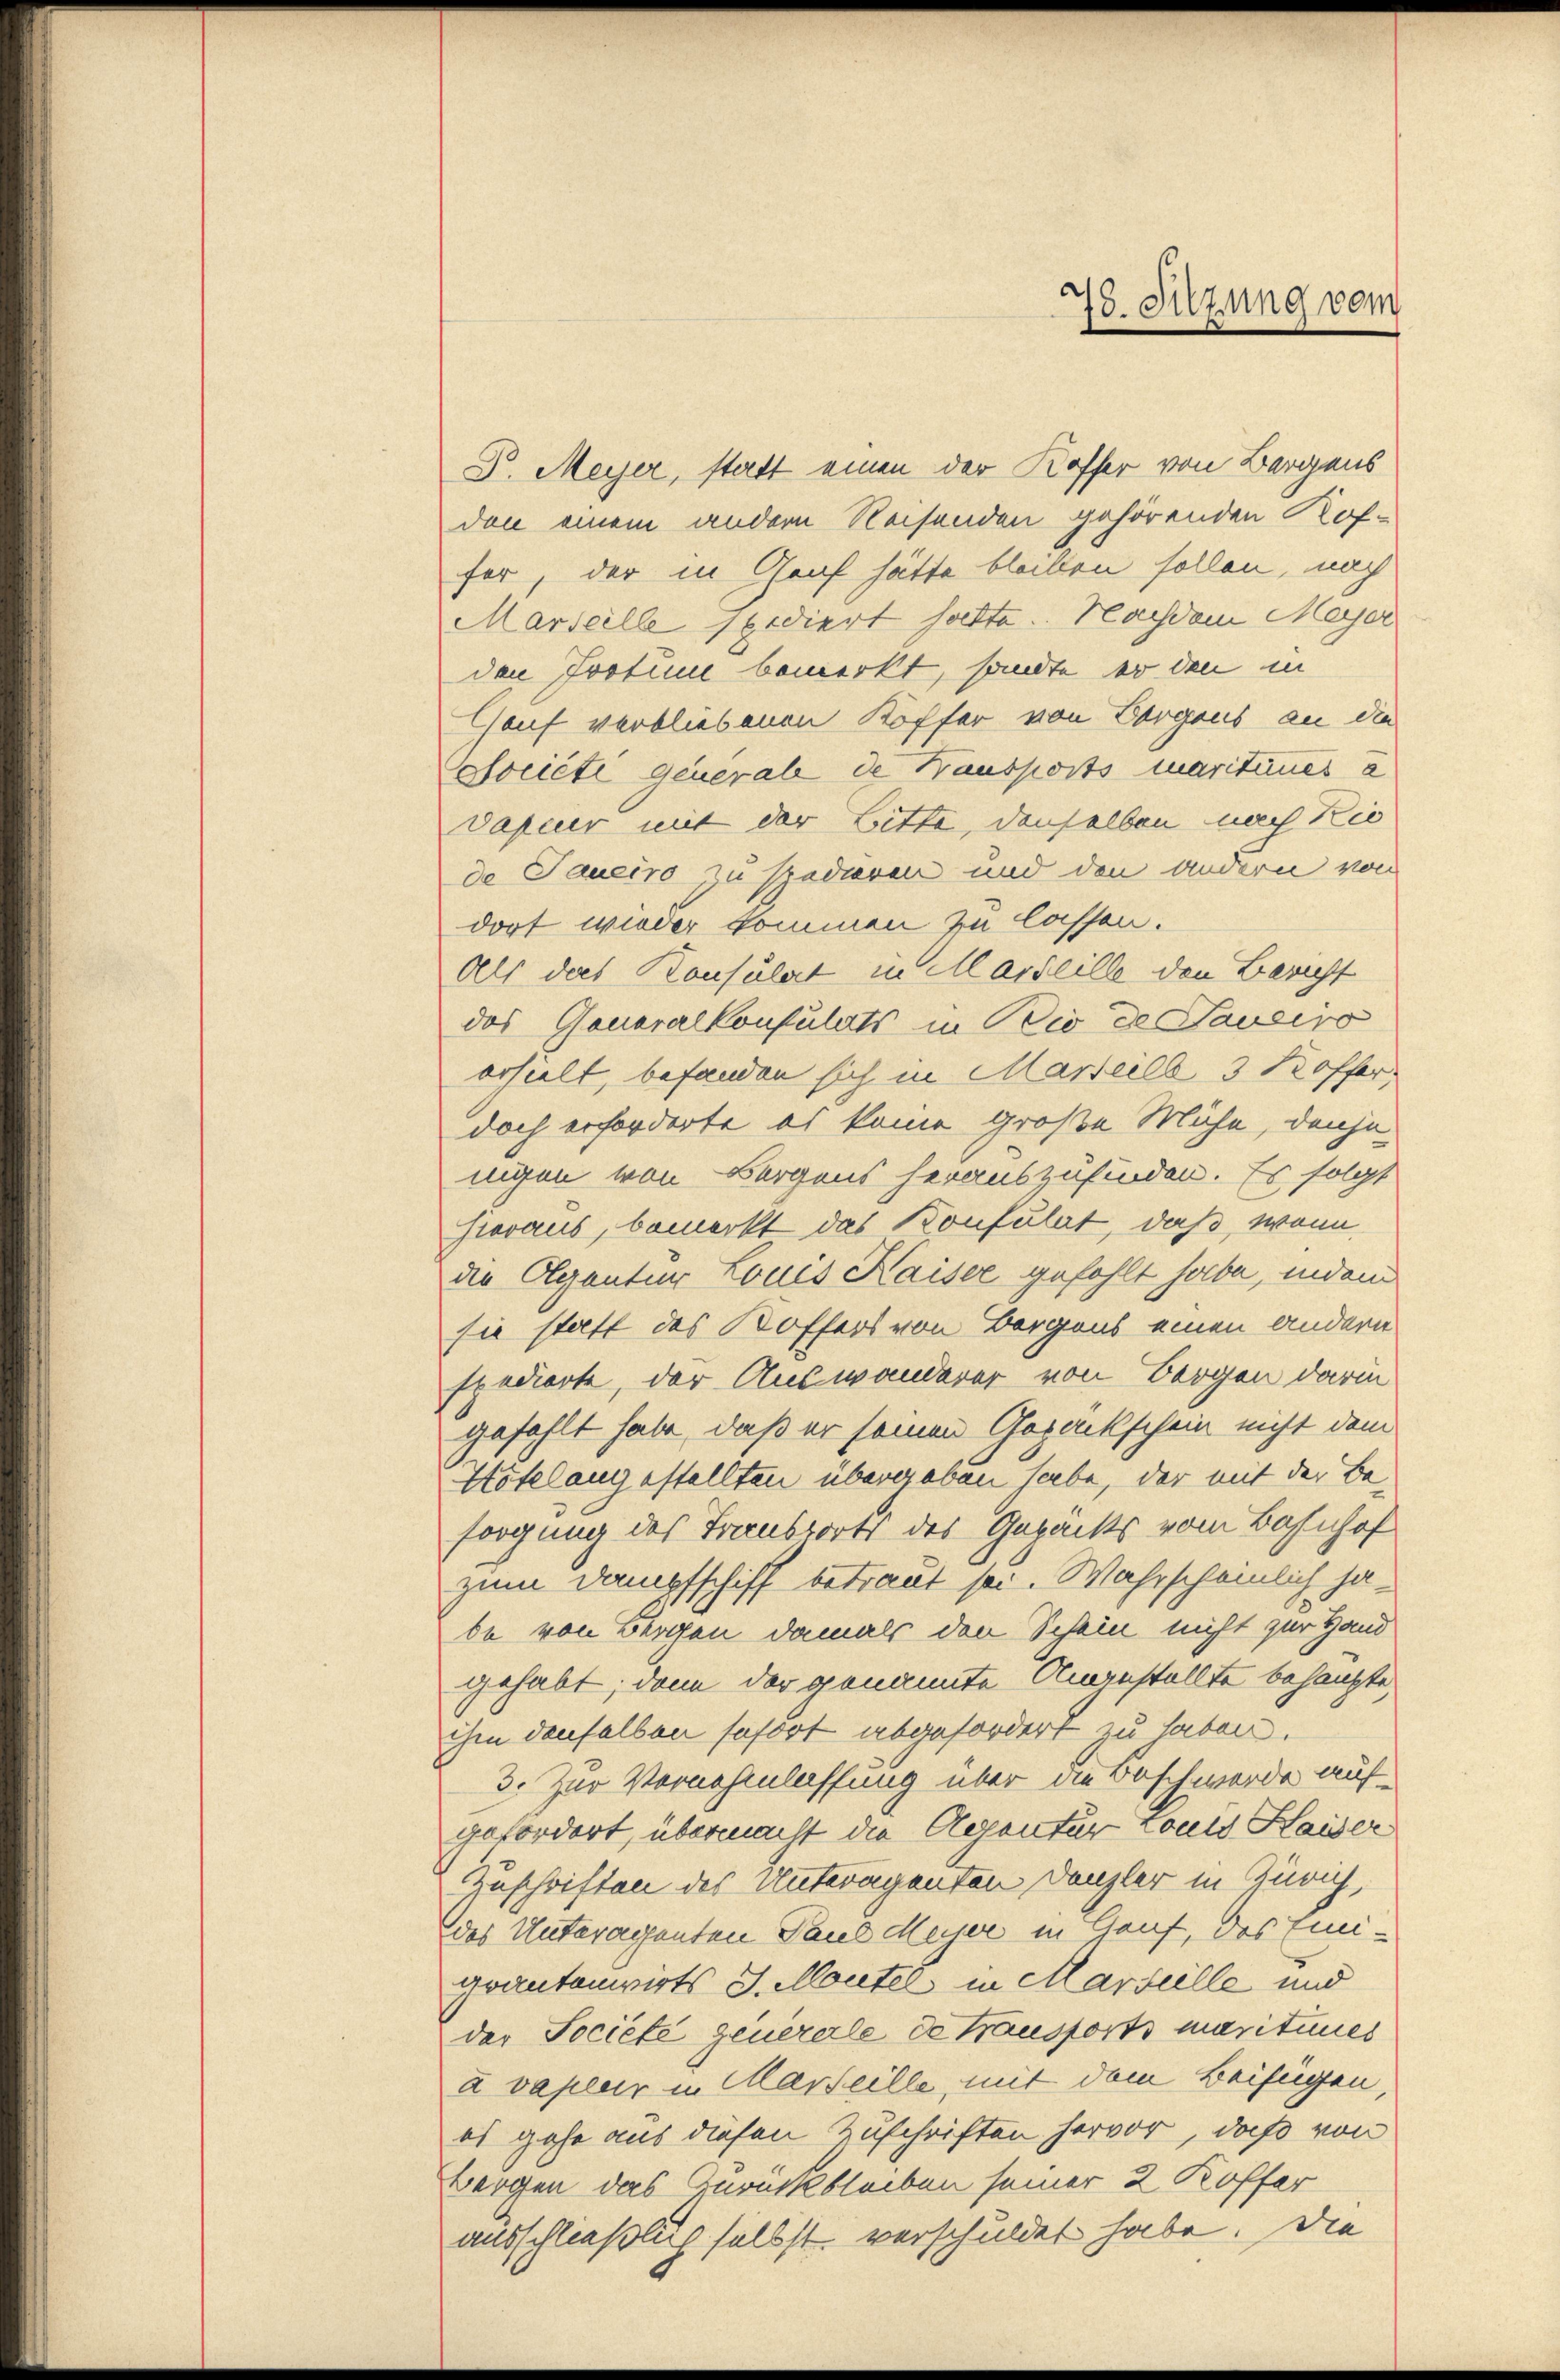
P. Meyer, statt einen der Koffer von Bergens
don einem andern Reisenden gehörenden Koffer, der in Graf hätte bleiben sollen, nach
Marseille seidiert hatte. Nachdem Meyer
den Protum bemerkt, sandte er den in
Genf verbliebenen Koffer von Borgans an die
Sociéti general de Hausports maritanes a
dafuer mit der Bitte, denselben nach Rie
de Taueiro zu tradieren und den andern von
dort wieder kommen zu lassen.
Als das Konsulat in Marseille den Bericht
das Generalkonsulats in Bis de aveivo
erhielt, befanden sich in Marteile 3 Koffer
doch erforderte es komme große Mühe, denje
nigen von Borgens herauszufinden. Es folgt
hieraus, bemerkt das Konfulat, daß, wenn
die Olgantur Louis Kaiser gefehlt habe, indem
sie statt des Koffers von Borgens einen andern
spedierte, der Auswanderer von Bergen darin
gefehlt habe, daß er seinen Gepäckschein nicht dem
Hötelangestellten übergeben habe, der mit der Be-
sorgung des Transports des Gepacks vom Bahnhof
zum Dampfschiff betraut sei. Wahrscheinlich habe von Bergen damals den Schein nicht zur Hand
gehabt; dann der genannte Angestellte behaupte,
ihm denselben sofort abgefordert zu haben.
3. Zur Vernehmlassung über die Beschwerde aufgefordert, übermacht die Agentur touis Haiser
Zuschriften des Unteragenten Danzler in Zürich,
des Unteragenten Paul Mujer in Gauf, das Eini-
grantenwirts J. Montel in Marseille und
der Societe genererle de transports maritumes
à vaplar in Marseille, mit dem Beifügen,
es gehe aus diesen Zuschriften hervor, daß von
Bergen das Zurückbleiben seiner 2 Koffer
ausschließlich selbst verschuldet habe. Die

78. Sitzung vom